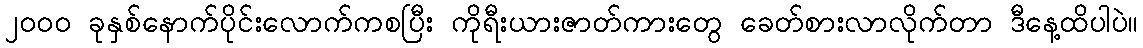
၂၀၀၀ ခုနှစ်နောက်ပိုင်းလောက်ကစပြီး ကိုရီးယားဇာတ်ကားတွေ ခေတ်စားလာလိုက်တာ ဒီနေ့ထိပါပဲ။